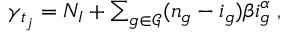
\begin{array} { r } { \gamma _ { t _ { j } } = N _ { I } + \sum _ { g \in \mathcal { G } } ( n _ { g } - i _ { g } ) \beta i _ { g } ^ { \alpha } \; , } \end{array}